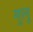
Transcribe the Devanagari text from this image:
गुलु